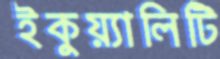
ইকুয়্যালিটি